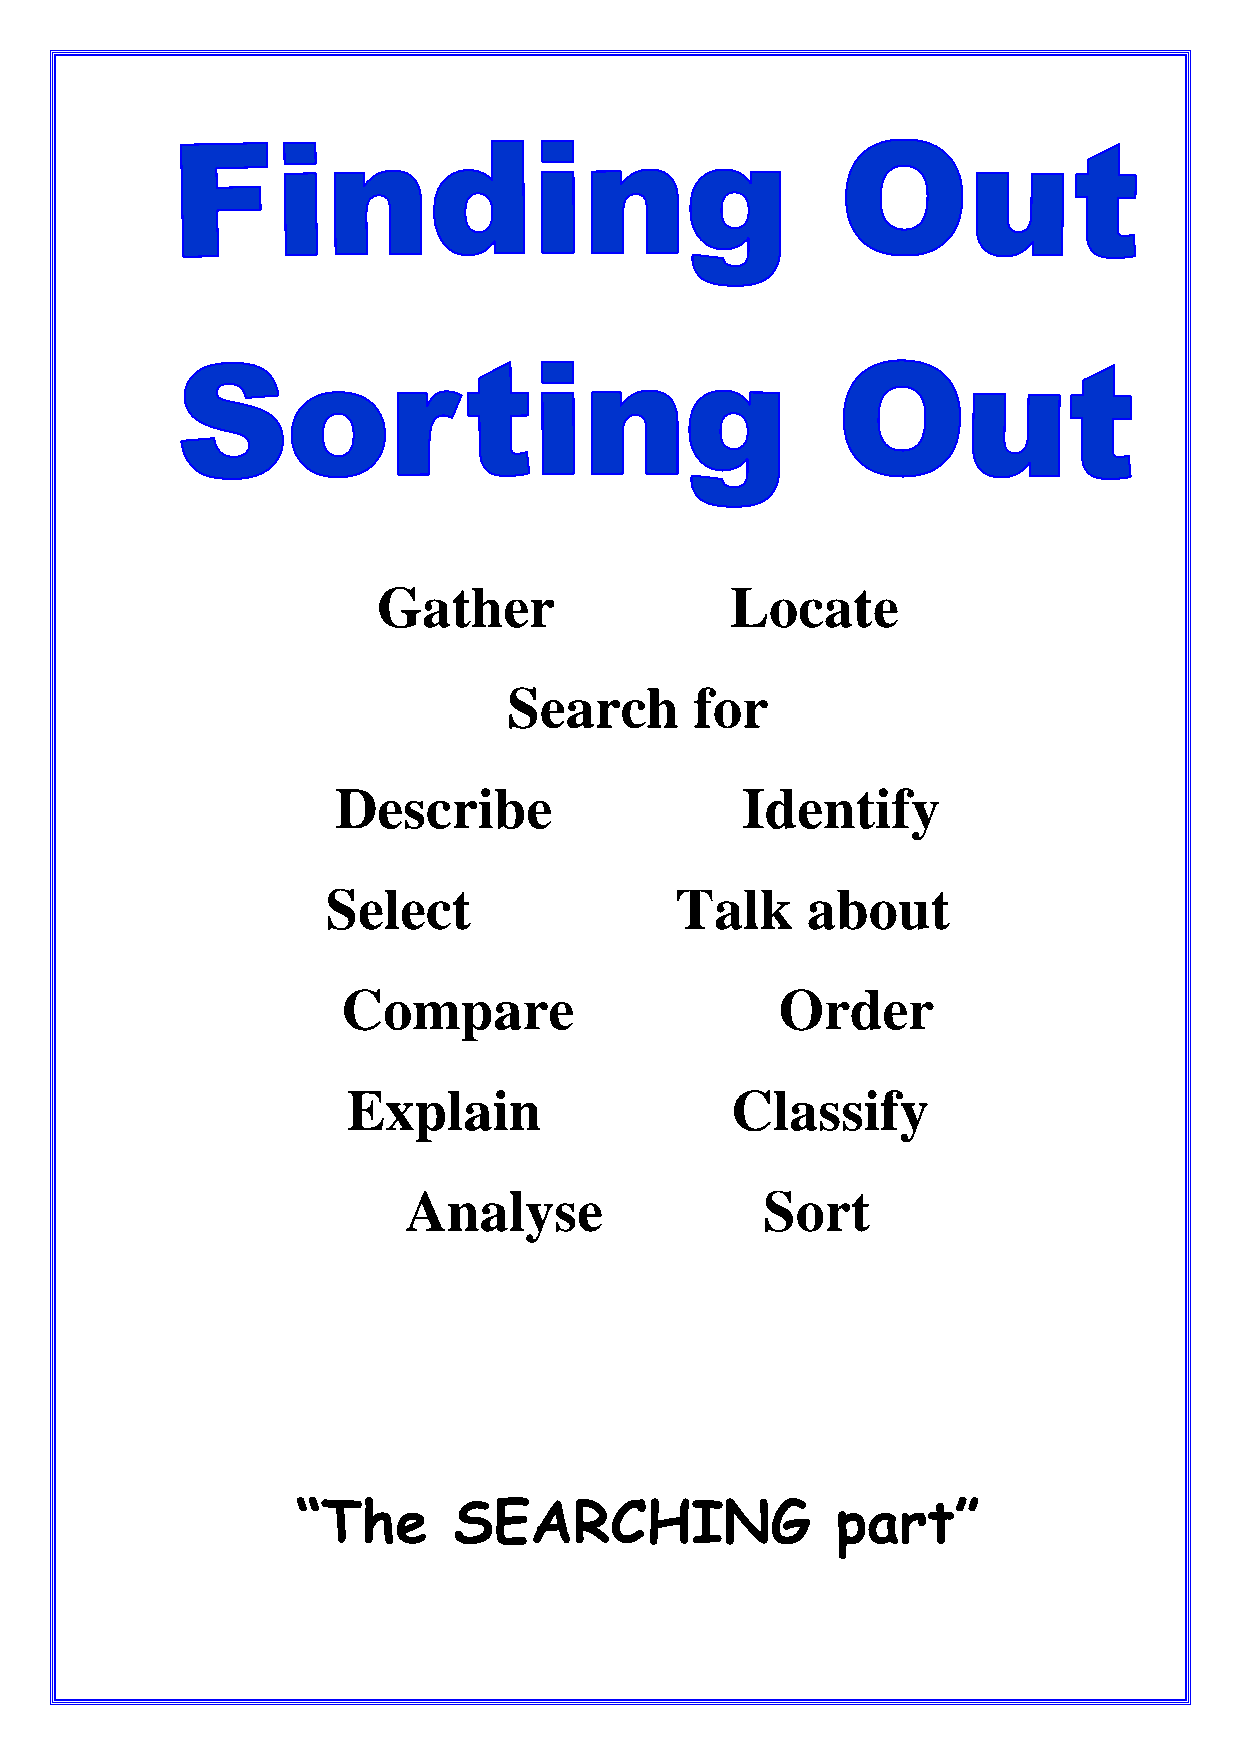
Gather                 Locate
 Search      for
 Describe                   Identify
 Select                 Talk    about
 Compare                      Order
 Explain                  Classify
 Analyse                 Sort
 “The      SEARCHING                part”